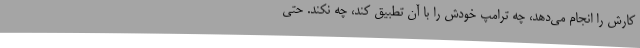
کارش را انجام می‌دهد، چه ترامپ خودش را با آن تطبیق کند، چه نکند. حتی